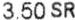
3.50 SR